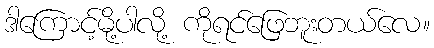
ဒါကြောင့်မို့ပါလို့ ကိုရင်ဖြေဘူးတယ်လေ။